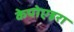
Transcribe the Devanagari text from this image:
केपोएइरा